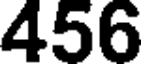
456